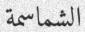
الشماسمة